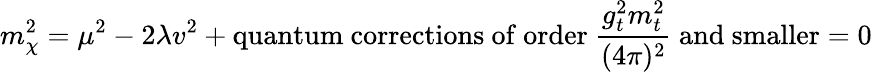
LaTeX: m_{\chi}^{2}=\mu^{2}-2\lambda v^{2}+\mathrm{quantum~corrections~of~order~}\frac{g_{t}^{2}m_{t}^{2}}{(4\pi)^{2}}\mathrm{~and~smaller}=0